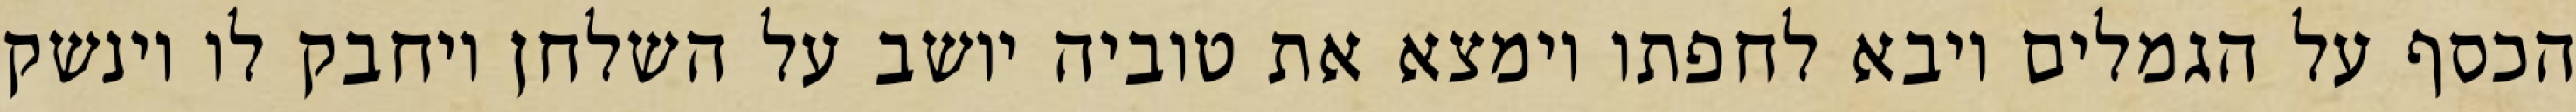
הכסף על הגמלים ויבא לחפתו וימצא את טוביה יושב על השלחן ויחבק לו וינשק